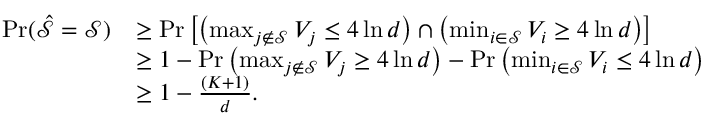
\begin{array} { r l } { \operatorname* { P r } ( \hat { \mathcal { S } } = \mathcal { S } ) } & { \geq \operatorname* { P r } \left[ \left( \operatorname* { m a x } _ { j \not \in \mathcal { S } } V _ { j } \leq 4 \ln d \right) \cap \left( \operatorname* { m i n } _ { i \in \mathcal { S } } V _ { i } \geq 4 \ln d \right) \right] } \\ & { \geq 1 - \operatorname* { P r } \left( \operatorname* { m a x } _ { j \not \in \mathcal { S } } V _ { j } \geq 4 \ln d \right) - \operatorname* { P r } \left( \operatorname* { m i n } _ { i \in \mathcal { S } } V _ { i } \leq 4 \ln d \right) } \\ & { \geq 1 - \frac { ( K + 1 ) } { d } . } \end{array}